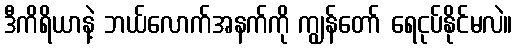
ဒီကိရိယာနဲ့ ဘယ်လောက်အနက်ကို ကျွန်တော် ရေငုပ်နိုင်မလဲ။